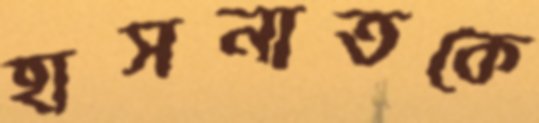
হাসনাতকে